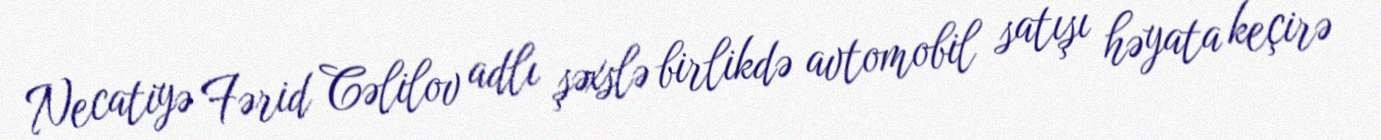
Necatiyə Fərid Cəlilov adlı şəxslə birlikdə avtomobil satışı həyata keçirə